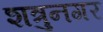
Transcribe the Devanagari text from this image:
शत्रुनगर